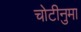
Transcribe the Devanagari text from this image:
चोटीनुमा